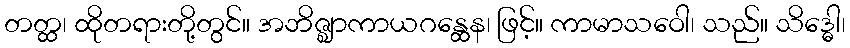
တတ္ထ၊ ထိုတရားတို့တွင်။ အဘိဇ္ဈာကာယဂန္ထေန၊ ဖြင့်။ ကာမာသဝေါ၊ သည်။ သိဒ္ဓေါ၊